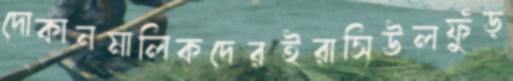
দোকানমালিকদেরইরাসিউলফুঁড়